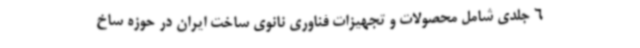
6 جلدی شامل محصولات و تجهیزات فناوری نانوی ساخت ایران در حوزه ساخ